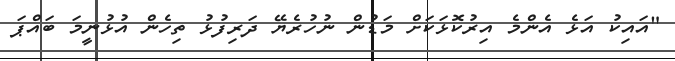
"އައިކު އަޅެ އެންމެ އިރުކޮޅަކަށް މަޑުން ނުހުރެޔޭ ދަރިފުޅު ތިހެން އުޅުނީމަ ބައްޕަ